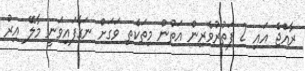
ރާއްޖެ އައި 2 ފަތުރުވެރިން އަތުން މިތަކެތި ވަގަށް ނަގާފައިވަނީ މާލޭ އިރު